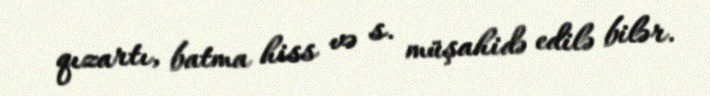
qızartı, batma hiss və s. müşahidə edilə bilər.